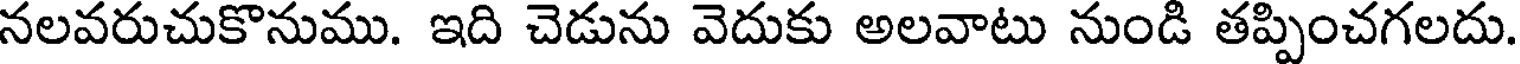
నలవరుచుకొనుము. ఇది చెడును వెదుకు అలవాటు నుండి తప్పించగలదు.